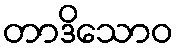
တာဒိသောဝ